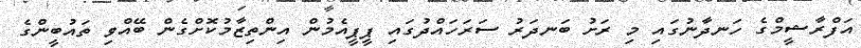
އަފްރާޝީމްގެ ހަނދާނުގައި މި ރަށު ބަނދަރު ސަރަހައްދުގައި ޕީޕީއެމުން އިންތިޒާމުކޮށްގެން ބޭއްވި ތައުބީންގެ